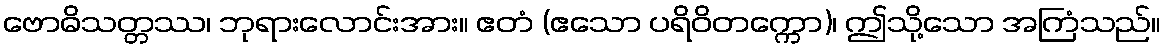
ဗောဓိသတ္တဿ၊ ဘုရားလောင်းအား။ ဧတံ (ဧသော ပရိဝိတက္ကော)၊ ဤသို့သော အကြံသည်။